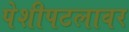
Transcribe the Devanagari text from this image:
पेशीपटलावर